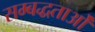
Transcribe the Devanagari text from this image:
सम्बद्धताओं